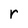
Character: r